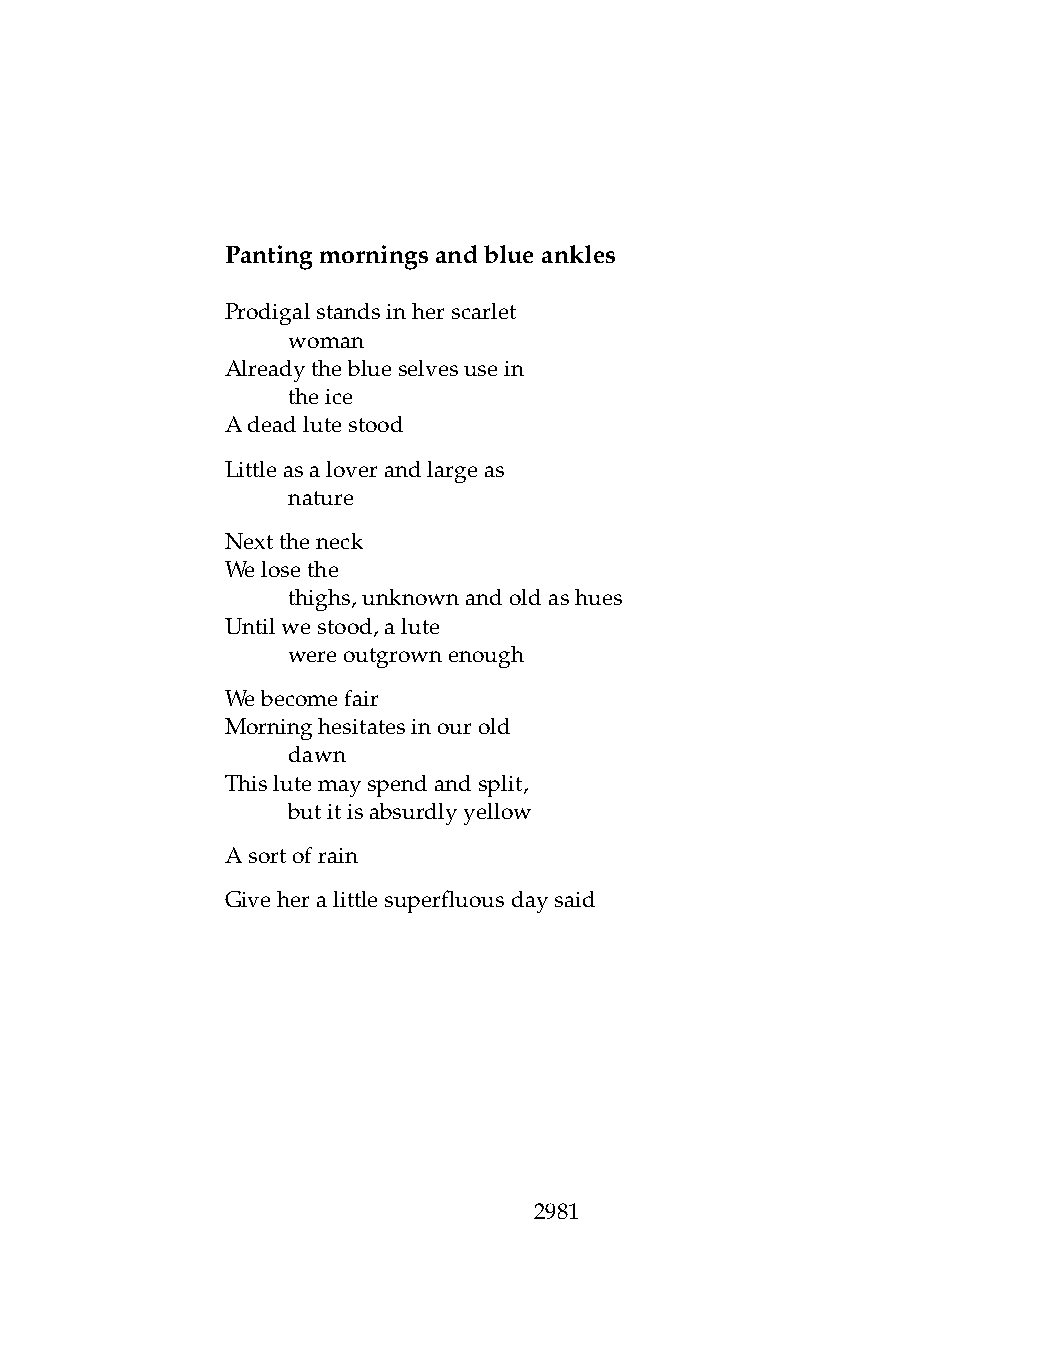
Pantingmorningsandblueankles
 Prodigalstandsinherscarlet
 .   woman
 Alreadytheblueselvesusein
 .   theice
 Adeadlutestood
 Littleasaloverandlargeas
 .   nature
 Nexttheneck
 Welosethe
 .   thighs,unknownandoldashues
 Untilwestood,alute
 .   wereoutgrownenough
 Webecomefair
 Morninghesitatesinourold
 .   dawn
 Thislutemayspendandsplit,
 .   butitisabsurdlyyellow
 Asortofrain
 Giveheralittlesuperfluousdaysaid
 2981